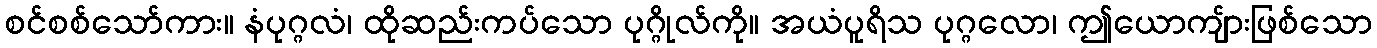
စင်စစ်သော်ကား။ နံပုဂ္ဂလံ၊ ထိုဆည်းကပ်သော ပုဂ္ဂိုလ်ကို။ အယံပူရိသ ပုဂ္ဂလော၊ ဤယောကျ်ားဖြစ်သော